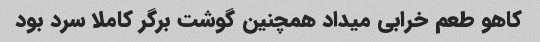
کاهو طعم خرابی میداد همچنین گوشت برگر کاملا سرد بود